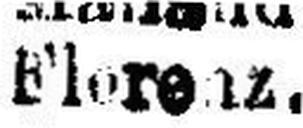
Florenz